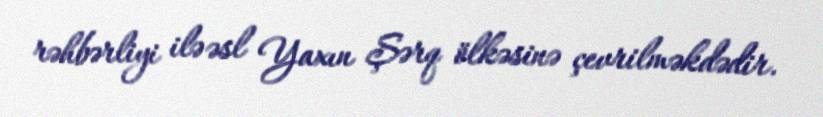
rəhbərliyi ilə əsl Yaxın Şərq ölkəsinə çevrilməkdədir.